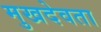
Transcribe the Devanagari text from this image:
मुखदेवता